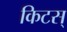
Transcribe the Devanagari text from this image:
किटस्